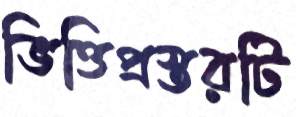
ভিত্তিপ্রস্তরটি